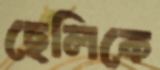
ছেলিকে